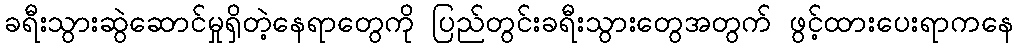
ခရီးသွားဆွဲဆောင်မှုရှိတဲ့နေရာတွေကို ပြည်တွင်းခရီးသွားတွေအတွက် ဖွင့်ထားပေးရာကနေ